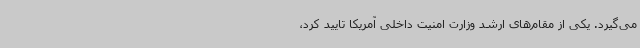
می‌گیرد. یکی از مقام‌های ارشد وزارت امنیت داخلی آمریکا تایید کرد،